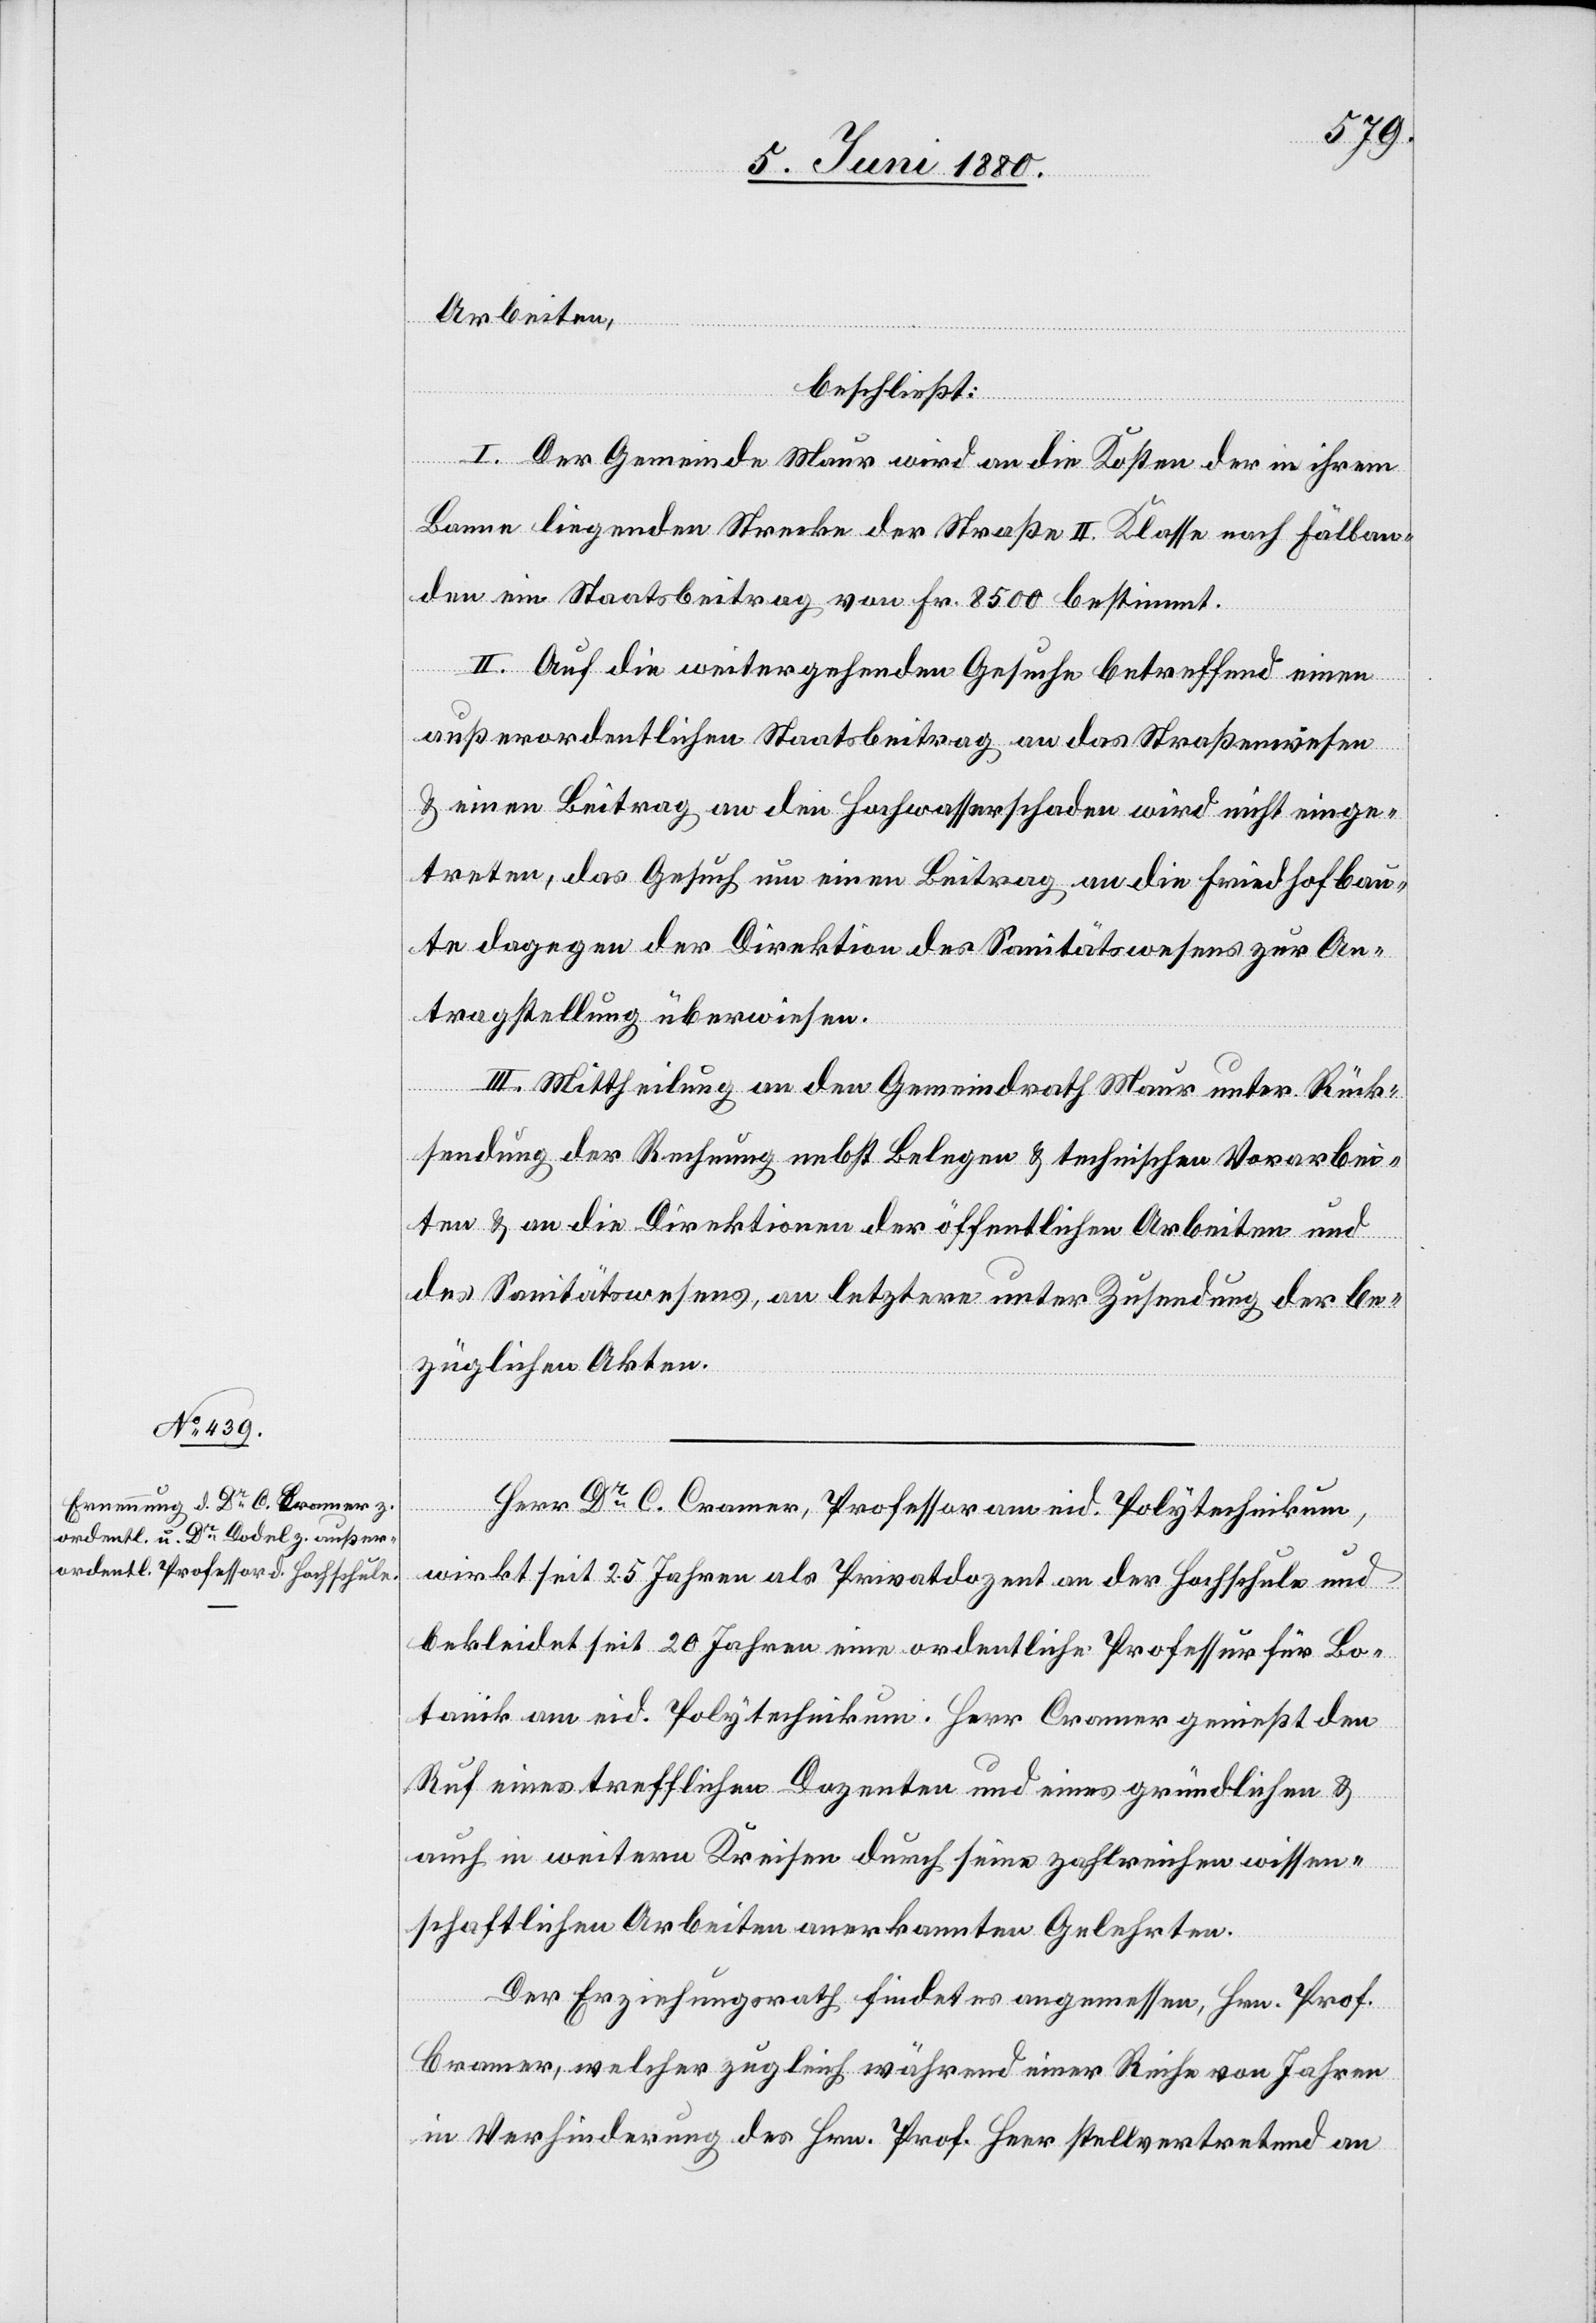
Arbeiten,
beschließt:
I. Der Gemeinde Maur wird an die Kosten der in ihrem
Banne liegenden Strecke der Straße II. Klasse nach Fällan¬
den ein Staatsbeitrag von Fr. 8500 bestimmt.
II. Auf die weitergehenden Gesuche betreffend einen
außerordentlichen Staatsbeitrag an das Straßenwesen
& einen Beitrag an die Hochwasserschaden wird nicht einge¬
treten, das Gesuch um einen Beitrag an die Friedhofbau¬
te dagegen der Direktion des Sanitätswesens zur An¬
tragstellung überwiesen.
III. Mittheilung an den Gemeindrath Maur unter Rück¬
sendung der Rechnung nebst Belegen & technischen Vorarbei¬
ten & an die Direktionen der öffentlichen Arbeiten und
des Sanitätswesens, an letztere unter Zusendung der be¬
züglichen Akten.
Herr Dr C. Cramer, Professor am eid. Polytechnikum,
wirkt seit 25 Jahren als Privatdozent an der Hochschule und
bekleidet seit 20 Jahren eine ordentliche Professur für Bo¬
tanik am eid. Polytechnikum. Herr Cramer genießt den
Ruf eines trefflichen Dozenten und eines gründlichen &
auch in weitern Kreisen durch seine zahlreichen wissen¬
schaftlichen Arbeiten anerkannten Gelehrten.
Der Erziehungsrath findet es angemessen, Hrn. Prof.
Cramer, welcher zugleich während einer Reihe von Jahren
in Verhinderung des Hrn. Prof. Heer stellvertretend an